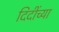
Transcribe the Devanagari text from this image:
दिदींच्या